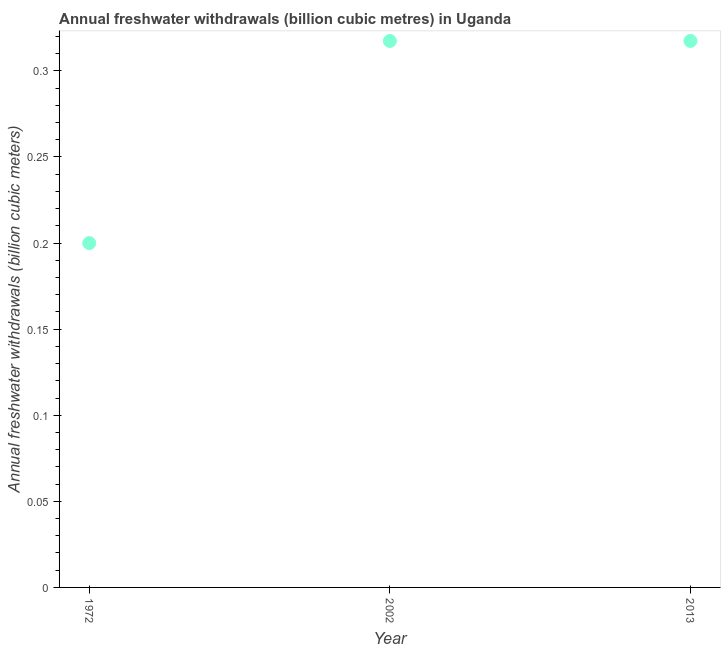
| Year | Annual freshwater withdrawals |
 | --- | --- |
 | 1972 | 0.2 |
 | 2002 | 0.317 |
 | 2013 | 0.317 |